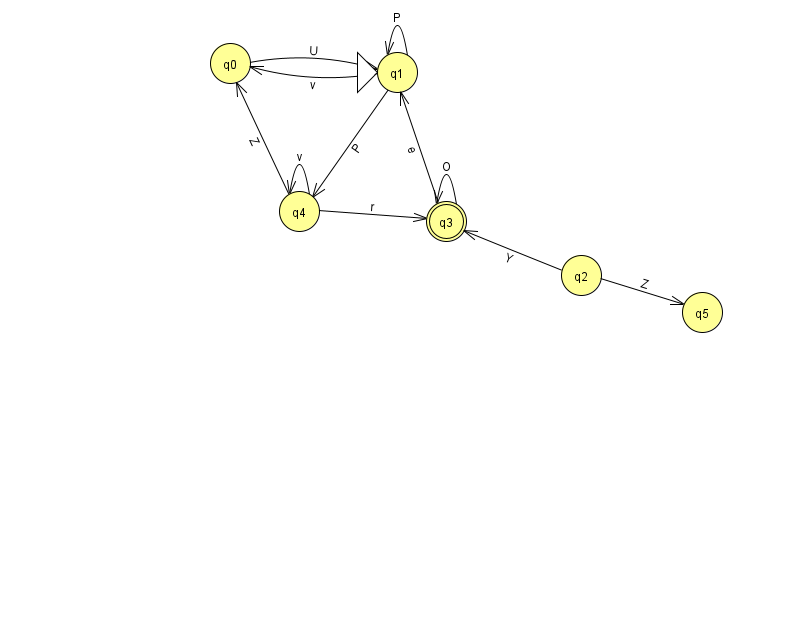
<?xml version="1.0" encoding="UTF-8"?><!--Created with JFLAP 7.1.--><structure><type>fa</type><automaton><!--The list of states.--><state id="0" name="q0"><x>230.0</x><y>50.0</y></state><state id="1" name="q1"><x>397.0</x><y>59.0</y><initial/></state><state id="2" name="q2"><x>581.0</x><y>262.0</y></state><state id="3" name="q3"><x>446.0</x><y>208.0</y><final/></state><state id="4" name="q4"><x>299.0</x><y>198.0</y></state><state id="5" name="q5"><x>702.0</x><y>299.0</y></state><!--The list of transitions.--><transition><from>1</from><to>1</to><read>P</read></transition><transition><from>3</from><to>1</to><read>e</read></transition><transition><from>1</from><to>0</to><read>v</read></transition><transition><from>0</from><to>1</to><read>U</read></transition><transition><from>2</from><to>5</to><read>Z</read></transition><transition><from>4</from><to>0</to><read>Z</read></transition><transition><from>4</from><to>4</to><read>v</read></transition><transition><from>2</from><to>3</to><read>Y</read></transition><transition><from>1</from><to>4</to><read>P</read></transition><transition><from>4</from><to>3</to><read>r</read></transition><transition><from>3</from><to>3</to><read>O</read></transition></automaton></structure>